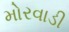
મોરવાડી